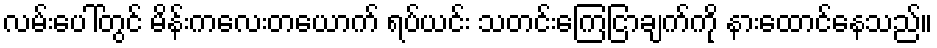
လမ်းပေါ်တွင် မိန်းကလေးတယောက် ရပ်ယင်း သတင်းကြေငြာချက်ကို နားထောင်နေသည်။